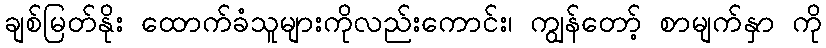
ချစ်မြတ်နိုး ထောက်ခံသူများကိုလည်းကောင်း၊ ကျွန်တော့် စာမျက်နှာ ကို